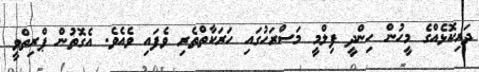
ދަރިކޮޅެއްގެ މީހުން ހިންދީ ފިލްމީ މަސްރަހުގައި ހަރަކާތްތެރި ވެފައި ވެއެވެ. އެގޮތުން ޕްރިތްވީ